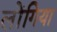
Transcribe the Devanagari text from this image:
लोंगिया